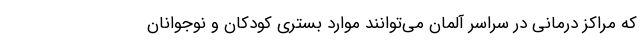
که مراکز درمانی در سراسر آلمان می‌توانند موارد بستری کودکان و نوجوانان